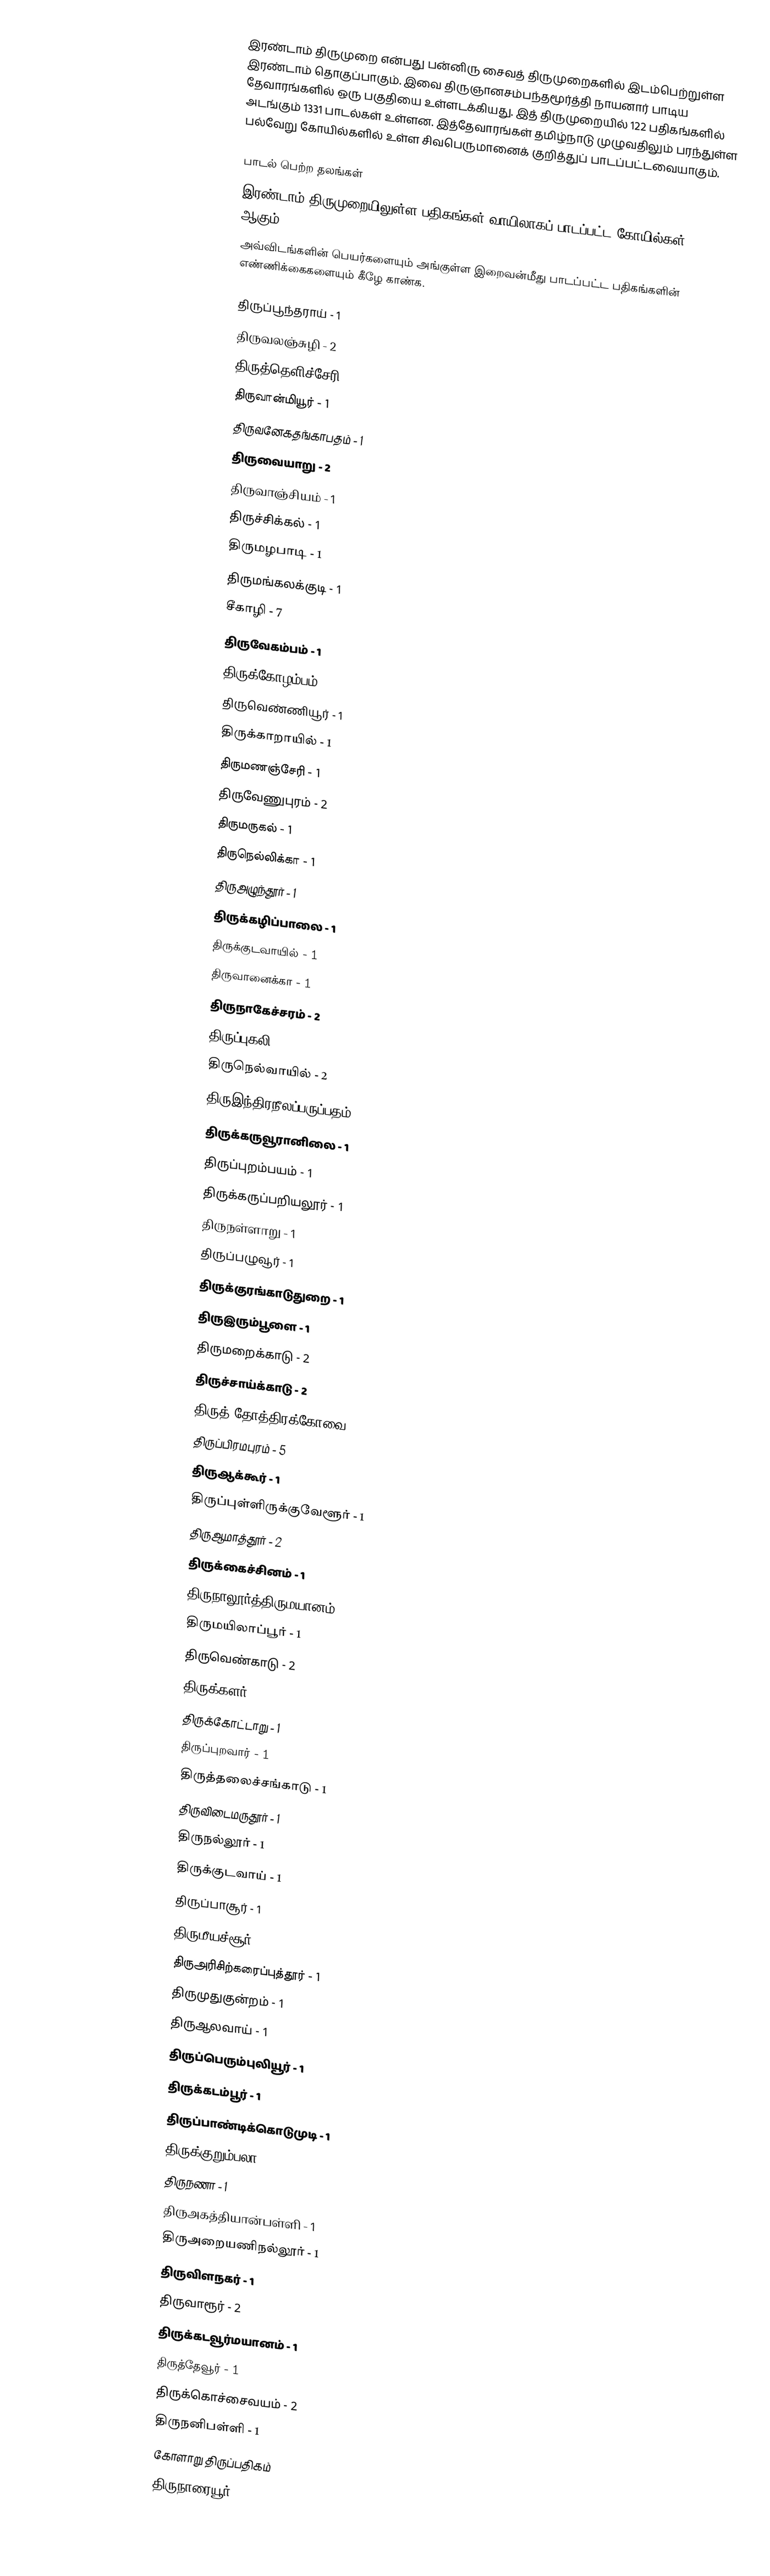
இரண்டாம் திருமுறை என்பது பன்னிரு சைவத் திருமுறைகளில் இடம்பெற்றுள்ள இரண்டாம் தொகுப்பாகும். இவை திருஞானசம்பந்தமூர்த்தி நாயனார் பாடிய தேவாரங்களில் ஒரு பகுதியை உள்ளடக்கியது. இத் திருமுறையில் 122 பதிகங்களில் அடங்கும் 1331 பாடல்கள் உள்ளன. இத்தேவாரங்கள் தமிழ்நாடு முழுவதிலும் பரந்துள்ள பல்வேறு கோயில்களில் உள்ள சிவபெருமானைக் குறித்துப் பாடப்பட்டவையாகும்.

பாடல் பெற்ற தலங்கள்
இரண்டாம் திருமுறையிலுள்ள பதிகங்கள் வாயிலாகப் பாடப்பட்ட கோயில்கள் 97 ஆகும்.
அவ்விடங்களின் பெயர்களையும் அங்குள்ள இறைவன்மீது பாடப்பட்ட பதிகங்களின் எண்ணிக்கைகளையும் கீழே காண்க.

 திருப்பூந்தராய் - 1
 திருவலஞ்சுழி - 2
 திருத்தெளிச்சேரி -1
 திருவான்மியூர் - 1
 திருவனேகதங்காபதம் - 1
 திருவையாறு - 2
 திருவாஞ்சியம் - 1
 திருச்சிக்கல் - 1
 திருமழபாடி - 1
 திருமங்கலக்குடி - 1
 சீகாழி - 7
 திருவேகம்பம் - 1
 திருக்கோழம்பம் - 1
 திருவெண்ணியூர் - 1
 திருக்காறாயில் - 1
 திருமணஞ்சேரி - 1
 திருவேணுபுரம் - 2
 திருமருகல் - 1
 திருநெல்லிக்கா - 1
 திருஅழுந்தூர் - 1
 திருக்கழிப்பாலை - 1
 திருக்குடவாயில் - 1
 திருவானைக்கா - 1
 திருநாகேச்சரம் - 2
 திருப்புகலி - 4
 திருநெல்வாயில் - 2
 திருஇந்திரநீலப்பருப்பதம் - 1
 திருக்கருவூரானிலை - 1
 திருப்புறம்பயம் - 1
 திருக்கருப்பறியலூர் - 1
 திருநள்ளாறு - 1
 திருப்பழுவூர் - 1
 திருக்குரங்காடுதுறை - 1
 திருஇரும்பூளை - 1
 திருமறைக்காடு - 2
 திருச்சாய்க்காடு - 2
 திருத் தோத்திரக்கோவை
 திருப்பிரமபுரம் - 5
 திருஆக்கூர் - 1
 திருப்புள்ளிருக்குவேளூர் - 1
 திருஆமாத்தூர் - 2
 திருக்கைச்சினம் - 1
 திருநாலூர்த்திருமயானம் - 1
 திருமயிலாப்பூர் - 1
 திருவெண்காடு - 2
 திருக்களர் - 1
 திருக்கோட்டாறு - 1
 திருப்புறவார் - 1
 திருத்தலைச்சங்காடு - 1
 திருவிடைமருதூர் - 1
 திருநல்லூர் - 1
 திருக்குடவாய் - 1
 திருப்பாசூர் - 1
 திருமீயச்சூர் - 1
 திருஅரிசிற்கரைப்புத்தூர் - 1
 திருமுதுகுன்றம் - 1
 திருஆலவாய் - 1
 திருப்பெரும்புலியூர் - 1
 திருக்கடம்பூர் - 1
 திருப்பாண்டிக்கொடுமுடி - 1
 திருக்குறும்பலா - 1
 திருநணா - 1
 திருஅகத்தியான்பள்ளி - 1
 திருஅறையணிநல்லூர் - 1
 திருவிளநகர் - 1
 திருவாரூர் - 2
 திருக்கடவூர்மயானம் - 1
 திருத்தேவூர் - 1
 திருக்கொச்சைவயம் - 2
 திருநனிபள்ளி - 1
 கோளாறு திருப்பதிகம்
 திருநாரையூர்